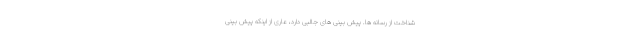
شناخت از رسانه ها. پیش بینی های جالبی دارد، عاری از اینکه پیش بینی